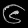
Digit: ၆